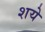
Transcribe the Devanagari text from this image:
शये